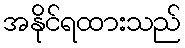
အနိုင်ရထားသည်